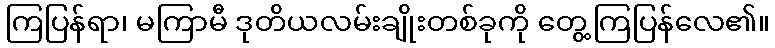
ကြပြန်ရာ၊ မကြာမီ ဒုတိယလမ်းချိုးတစ်ခုကို တွေ့ကြပြန်လေ၏။